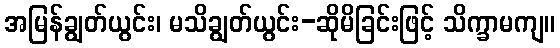
အမြန်ချွတ်ယွင်း၊ မသိချွတ်ယွင်း-ဆိုမိခြင်းဖြင့် သိက္ခာမကျ။